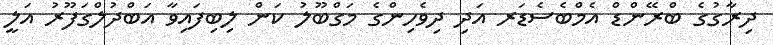
ދިރާގުގެ ބްރޭންޑް އެމްބެސެޑަރ އަދި ދިވެހިންގެ މަގްބޫލު ކަން ލިބިފައިވާ އަބްދުލްގަފޫރު އަލީ